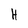
Character: H